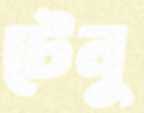
টেনু